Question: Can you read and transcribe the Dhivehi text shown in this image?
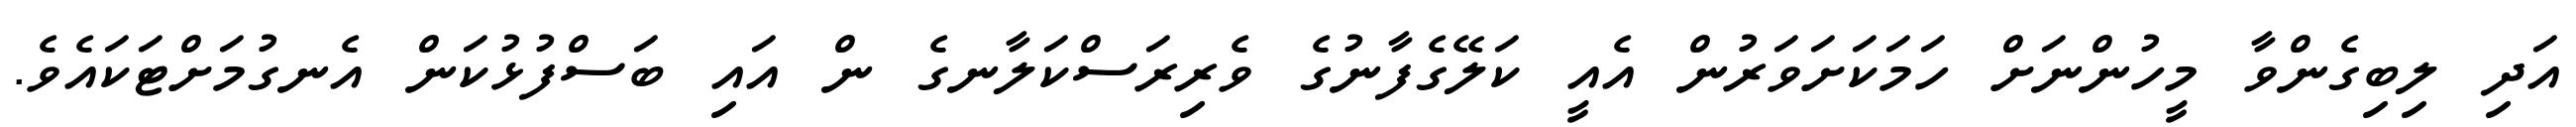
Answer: އަދި ލިބިގެންވާ މީހުންނަށް ހަމަކަށަވަރުން އެއީ ކަލޭގެފާނުގެ ވެރިރަސްކަލާނގެ ން އައި ބަސްފުޅުކަން އެނގުމަށްޓަކައެވެ.